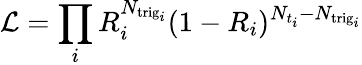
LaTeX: \mathcal{L}=\prod_{i}{R_{i}^{N_{\mathrm{trig}_{i}}}(1-R_{i})^{N_{t_{i}}-N_{\mathrm{trig}_{i}}}}